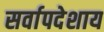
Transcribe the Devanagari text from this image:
सर्वापदेशाय